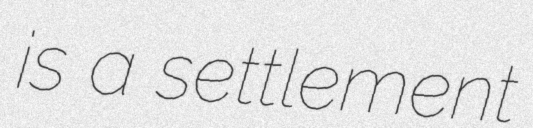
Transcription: is a settlement